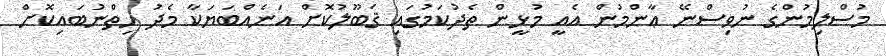
މުސްލިމުންގެ ނުވިސްނޭ ޢާންމުން އެއީ މުޅީން ތެދުކަމުގައި ޤަބޫލުކޮށް އަނެއްބަޔަކާ މެދު ހިތްނުބައިކޮށް